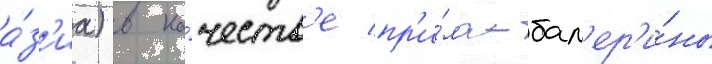
а́з'иа) в ка́честв'е пр'и́ма-бал'ер'и́ны